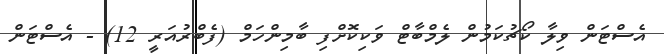
އެސްޓަން ވިލާ ކޯޗުކަމުން ލެމްބާޓް ވަކިކޮޮށްފި ބާމިންހަމް (ފެބްރުއަރީ 12) - އެސްޓަން